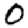
Digit: 0